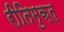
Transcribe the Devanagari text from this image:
रीतिमुक्त्